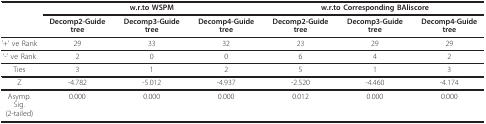
<table><thead><tr><td></td><td colspan="3"><b>w.r.to WSPM</b></td><td colspan="3"><b>w.r.to Corresponding BAliscore</b></td></tr><tr><td></td><td><b>Decomp2-Guide tree</b></td><td><b>Decomp3-Guide tree</b></td><td><b>Decomp4-Guide tree</b></td><td><b>Decomp2-Guide tree</b></td><td><b>Decomp3-Guide tree</b></td><td><b>Decomp4-Guide tree</b></td></tr></thead><tbody><tr><td>&#x27;+&#x27; ve Rank</td><td>29</td><td>33</td><td>32</td><td>23</td><td>29</td><td>29</td></tr><tr><td>&#x27;-&#x27; ve Rank</td><td>2</td><td>0</td><td>0</td><td>6</td><td>4</td><td>2</td></tr><tr><td>Ties</td><td>3</td><td>1</td><td>2</td><td>5</td><td>1</td><td>3</td></tr><tr><td>Z</td><td>-4.782</td><td>-5.012</td><td>-4.937</td><td>-2.520</td><td>-4.460</td><td>-4.174</td></tr><tr><td>Asymp. Sig. (2-tailed)</td><td>0.000</td><td>0.000</td><td>0.000</td><td>0.012</td><td>0.000</td><td>0.000</td></tr></tbody></table>